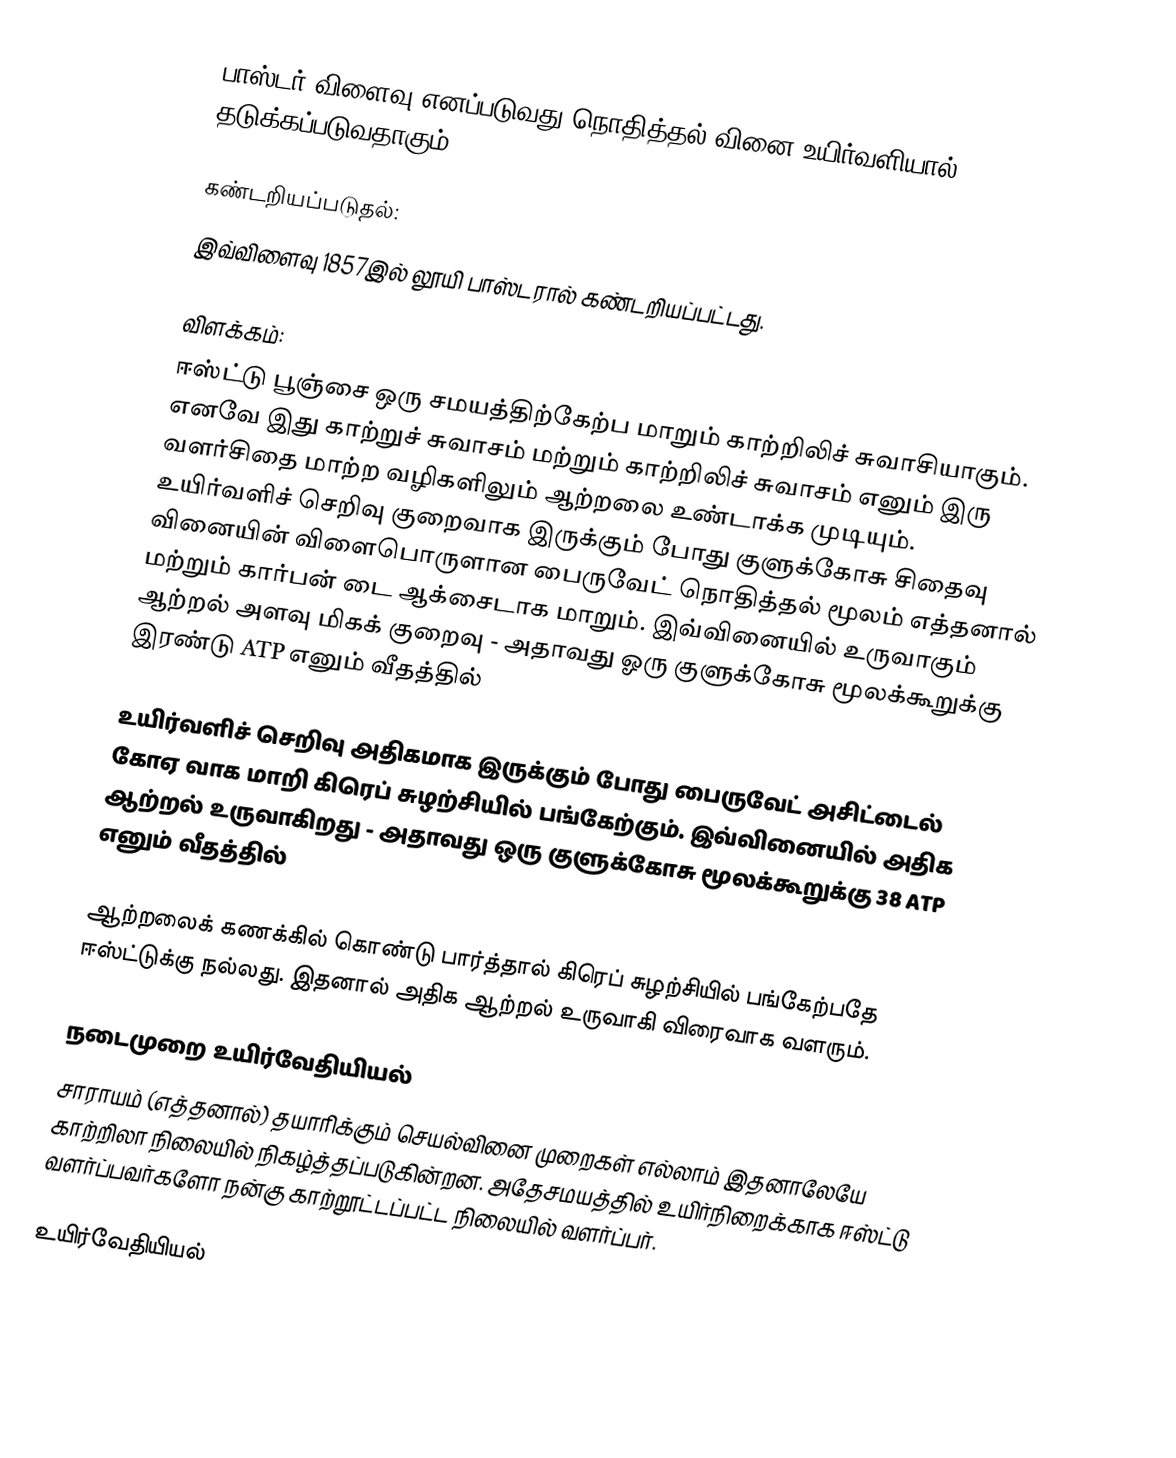
பாஸ்டர் விளைவு எனப்படுவது நொதித்தல் வினை உயிர்வளியால் தடுக்கப்படுவதாகும்.

கண்டறியப்படுதல்:
இவ்விளைவு 1857இல் லூயி பாஸ்டரால் கண்டறியப்பட்டது.

விளக்கம்:
ஈஸ்ட்டு பூஞ்சை ஒரு சமயத்திற்கேற்ப மாறும் காற்றிலிச் சுவாசியாகும். எனவே இது காற்றுச் சுவாசம் மற்றும் காற்றிலிச் சுவாசம் எனும் இரு வளர்சிதை மாற்ற வழிகளிலும் ஆற்றலை உண்டாக்க முடியும். உயிர்வளிச் செறிவு குறைவாக இருக்கும் போது குளுக்கோசு சிதைவு வினையின் விளைபொருளான பைருவேட் நொதித்தல் மூலம் எத்தனால் மற்றும் கார்பன் டை ஆக்சைடாக மாறும். இவ்வினையில் உருவாகும் ஆற்றல் அளவு மிகக் குறைவு - அதாவது ஓரு குளுக்கோசு மூலக்கூறுக்கு இரண்டு ATP எனும் வீதத்தில்

உயிர்வளிச் செறிவு அதிகமாக இருக்கும் போது பைருவேட் அசிட்டைல் கோஏ வாக மாறி கிரெப் சுழற்சியில் பங்கேற்கும். இவ்வினையில் அதிக ஆற்றல் உருவாகிறது - அதாவது ஒரு குளுக்கோசு மூலக்கூறுக்கு 38  ATP எனும் வீதத்தில்

ஆற்றலைக் கணக்கில் கொண்டு பார்த்தால் கிரெப் சுழற்சியில் பங்கேற்பதே ஈஸ்ட்டுக்கு நல்லது. இதனால் அதிக ஆற்றல் உருவாகி விரைவாக வளரும்.

நடைமுறை உயிர்வேதியியல்
சாராயம் (எத்தனால்) தயாரிக்கும் செயல்வினை முறைகள் எல்லாம் இதனாலேயே காற்றிலா நிலையில் நிகழ்த்தப்படுகின்றன. அதேசமயத்தில் உயிர்நிறைக்காக ஈஸ்ட்டு வளர்ப்பவர்களோ நன்கு காற்றூட்டப்பட்ட நிலையில் வளர்ப்பர்.

உயிர்வேதியியல்